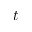
t